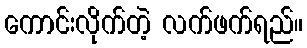
ကောင်းလိုက်တဲ့ လက်ဖက်ရည်။